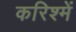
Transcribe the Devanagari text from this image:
करिश्में